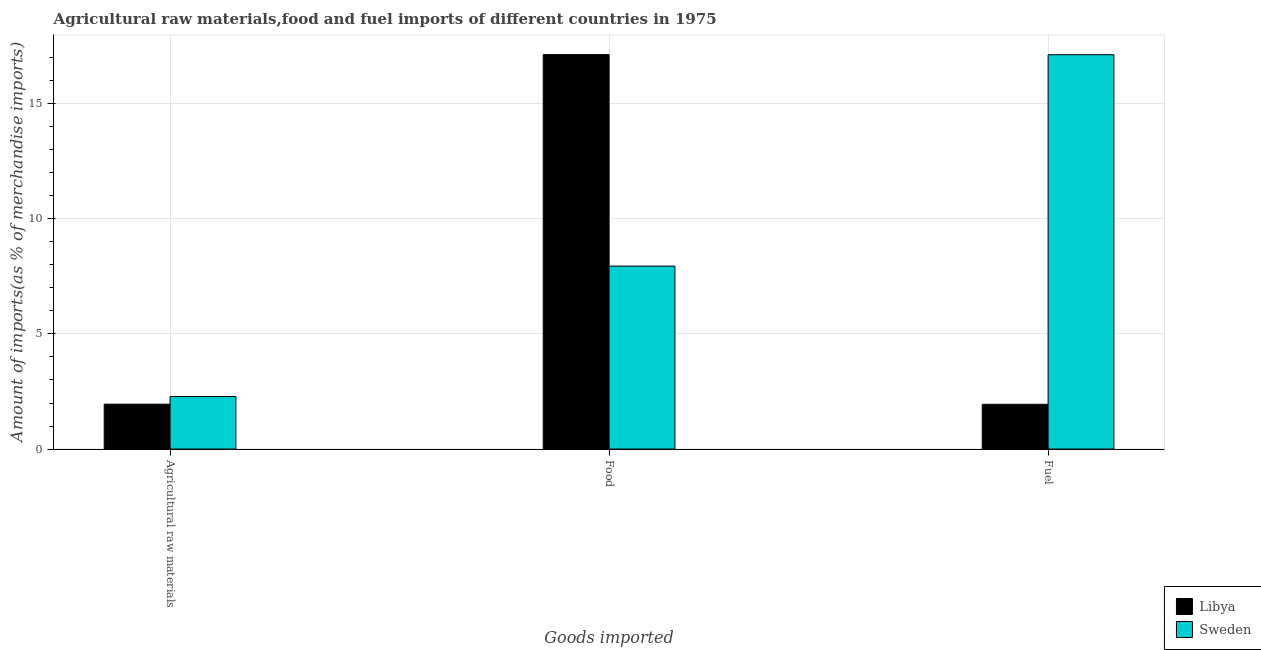
| Goods imported | Libya | Sweden |
 | --- | --- | --- |
 | Agricultural raw materials | 1.95 | 2.28 |
 | Food | 17.1 | 7.95 |
 | Fuel | 1.94 | 17.1 |